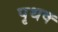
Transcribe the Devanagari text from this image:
पृथक्‍